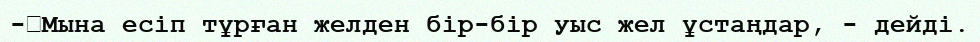
-	Мына есіп тұрған желден бір-бір уыс жел ұстаңдар, - дейді.